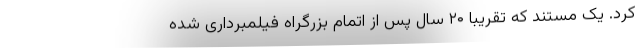
کرد. یک مستند که تقریبا ۲۰ سال پس از اتمام بزرگراه فیلمبرداری شده